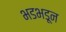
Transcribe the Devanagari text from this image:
भडभडून